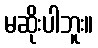
မဆိုးပါဘူး။